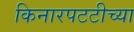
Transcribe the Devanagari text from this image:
किनारपटटीच्या